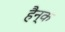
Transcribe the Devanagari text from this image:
हैन्क